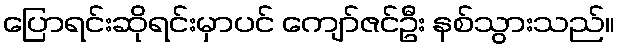
ပြောရင်းဆိုရင်းမှာပင် ကျော်ဇင်ဦး နစ်သွားသည်။